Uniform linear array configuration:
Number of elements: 12
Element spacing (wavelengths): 0.25
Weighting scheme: blackman
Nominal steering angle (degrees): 15
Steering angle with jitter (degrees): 15.37
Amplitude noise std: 0.05
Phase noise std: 0.05

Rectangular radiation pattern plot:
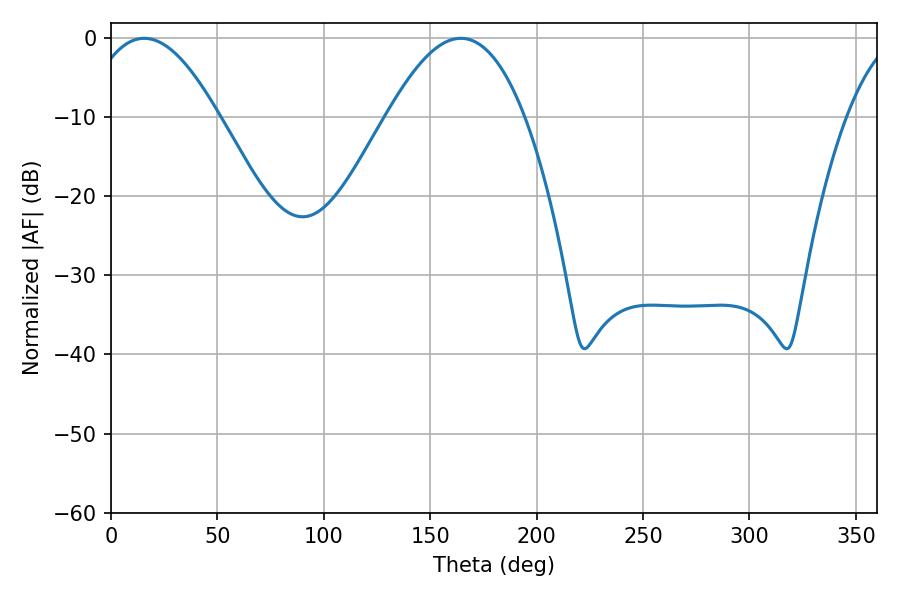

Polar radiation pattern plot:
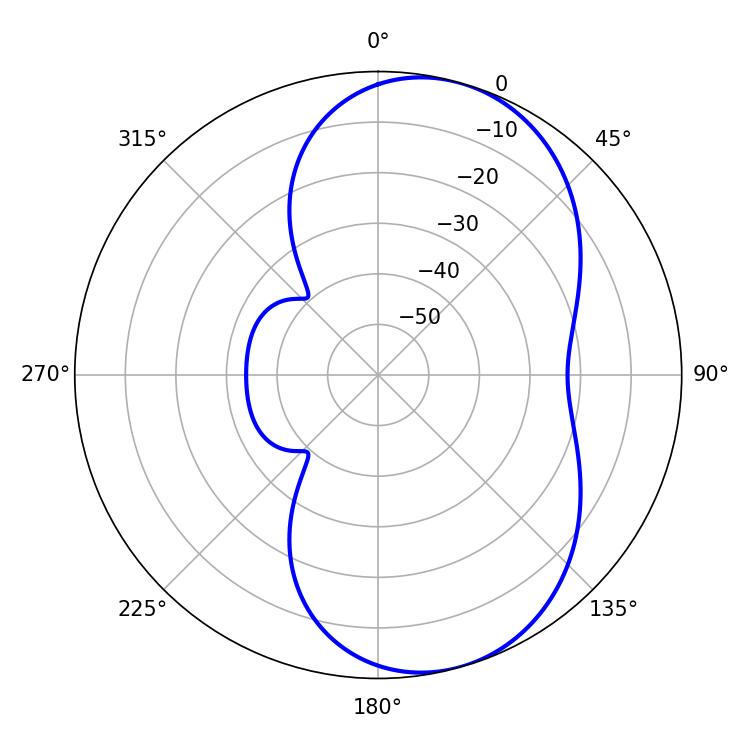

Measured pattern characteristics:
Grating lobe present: FALSE
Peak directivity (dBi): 7.078
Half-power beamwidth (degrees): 34.02
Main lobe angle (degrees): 15.66